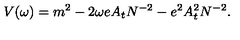
V ( \omega ) = m ^ { 2 } - 2 \omega e A _ { t } N ^ { - 2 } - e ^ { 2 } A _ { t } ^ { 2 } N ^ { - 2 } .